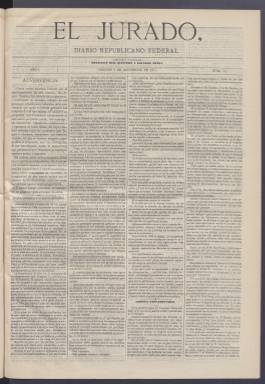
Título: El Jurado (Madrid)
Colección: Periódicos
Ámbito geográfico: Madrid
Lugar de publicación: Madrid
Fechas: 03/11/1871-25/04/1872